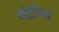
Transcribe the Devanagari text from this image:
मोंट्रीयल